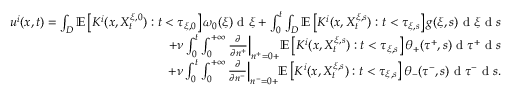
\begin{array} { r } { u ^ { i } ( x , t ) = \int _ { D } \mathbb { E } \left[ K ^ { i } ( x , X _ { t } ^ { \xi , 0 } ) : t < \tau _ { \xi , 0 } \right] \omega _ { 0 } ( \xi ) \textrm { d } \xi + \int _ { 0 } ^ { t } \int _ { D } \mathbb { E } \left[ K ^ { i } ( x , X _ { t } ^ { \xi , s } ) : t < \tau _ { \xi , s } \right] g ( \xi , s ) \textrm { d } \xi \textrm { d } s } \\ { + \nu \int _ { 0 } ^ { t } \int _ { 0 } ^ { + \infty } \frac { \partial } { \partial n ^ { + } } \Big | _ { n ^ { + } = 0 + } \mathbb { E } \left[ K ^ { i } ( x , X _ { t } ^ { \xi , s } ) : t < \tau _ { \xi , s } \right] \theta _ { + } ( \tau ^ { + } , s ) \textrm { d } \tau ^ { + } \textrm { d } s } \\ { + \nu \int _ { 0 } ^ { t } \int _ { 0 } ^ { + \infty } \frac { \partial } { \partial n ^ { - } } \Big | _ { n ^ { - } = 0 + } \mathbb { E } \left[ K ^ { i } ( x , X _ { t } ^ { \xi , s } ) : t < \tau _ { \xi , s } \right] \theta _ { - } ( \tau ^ { - } , s ) \textrm { d } \tau ^ { - } \textrm { d } s . } \end{array}